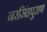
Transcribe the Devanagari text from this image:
नरसिंहपुराण